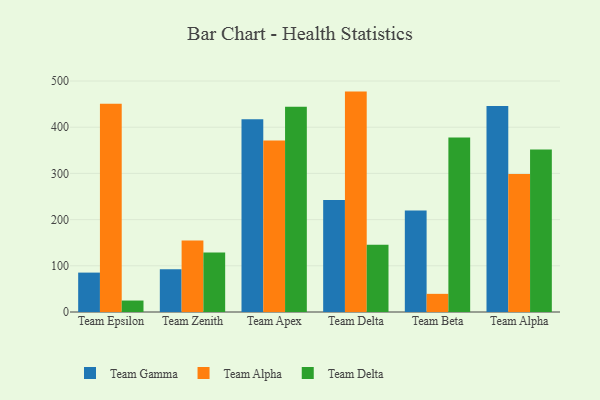
{"axis": {"x": "Team", "y": "Conversion Rate (%)"}, "legend": ["Team Alpha", "Team Delta", "Team Gamma"], "data": [{"x": "Team Epsilon", "y": 85.3, "type": "Team Gamma"}, {"x": "Team Epsilon", "y": 450.9, "type": "Team Alpha"}, {"x": "Team Epsilon", "y": 24.8, "type": "Team Delta"}, {"x": "Team Zenith", "y": 92.6, "type": "Team Gamma"}, {"x": "Team Zenith", "y": 154.6, "type": "Team Alpha"}, {"x": "Team Zenith", "y": 129.0, "type": "Team Delta"}, {"x": "Team Apex", "y": 417.5, "type": "Team Gamma"}, {"x": "Team Apex", "y": 371.0, "type": "Team Alpha"}, {"x": "Team Apex", "y": 444.4, "type": "Team Delta"}, {"x": "Team Delta", "y": 242.3, "type": "Team Gamma"}, {"x": "Team Delta", "y": 477.1, "type": "Team Alpha"}, {"x": "Team Delta", "y": 145.7, "type": "Team Delta"}, {"x": "Team Beta", "y": 219.8, "type": "Team Gamma"}, {"x": "Team Beta", "y": 39.3, "type": "Team Alpha"}, {"x": "Team Beta", "y": 377.9, "type": "Team Delta"}, {"x": "Team Alpha", "y": 446.1, "type": "Team Gamma"}, {"x": "Team Alpha", "y": 298.5, "type": "Team Alpha"}, {"x": "Team Alpha", "y": 351.5, "type": "Team Delta"}]}